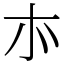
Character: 㝳